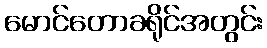
မောင်တောခရိုင်အတွင်း